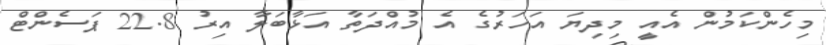
މިހެންކަމުން އެއީ މިދިޔަ އަހަރުގެ އެ މުއްދަތާ އަޅާބަލާ އިރު 22.8 ޕަސެންޓް